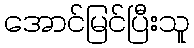
အောင်မြင်ပြီးသူ